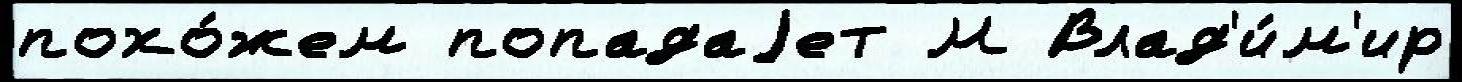
похо́жем попадаjет М Влад'и́м'ир